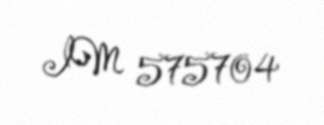
IM 575704